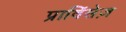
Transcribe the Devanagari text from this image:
प्राविंसेज़